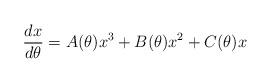
LaTeX: \begin{align*} \begin{array}{l} \displaystyle{\frac{dx}{d\theta}=A(\theta)x^3+B(\theta)x^2+C(\theta)x} \end{array}\end{align*}